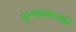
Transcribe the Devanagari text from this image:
नृत्यप्रकाराचेही